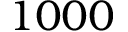
1 0 0 0